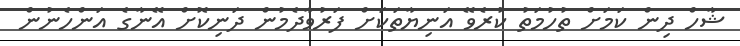
ޝާހް ދިން ކަމަށް ތުހުމަތު ކުރެވޭ އަނިޔާތަކަށް ފަރުވާދެމުން ދަނިކޮށް އޭނާގެ އަންހެނުން